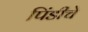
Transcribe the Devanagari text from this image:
पिंडीचे